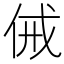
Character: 㑘